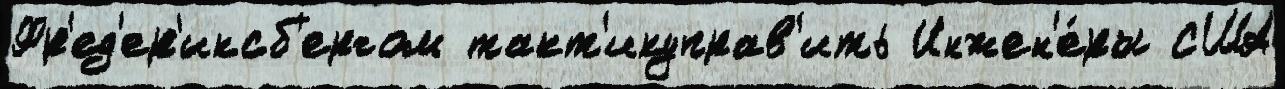
Фр'ед'ер'иксб'ергом такт'икуправ'ить Инжен'е́ры США